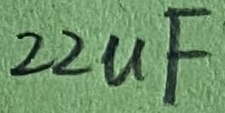
Text: 22uF